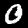
Digit: 0